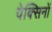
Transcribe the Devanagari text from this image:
वेक्सिनों